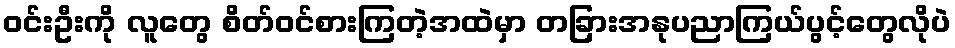
ဝင်းဦးကို လူတွေ စိတ်ဝင်စားကြတဲ့အထဲမှာ တခြားအနုပညာကြယ်ပွင့်တွေလိုပဲ